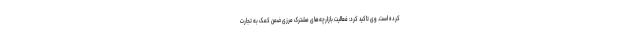
کرده است. وی تاکید کرد: فعالیت بازارچه‌های مشترک مرزی ضمن کمک به تجارت